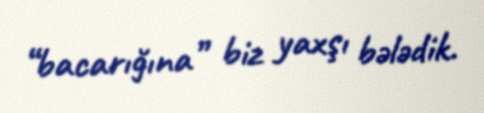
“bacarığına” biz yaxşı bələdik.